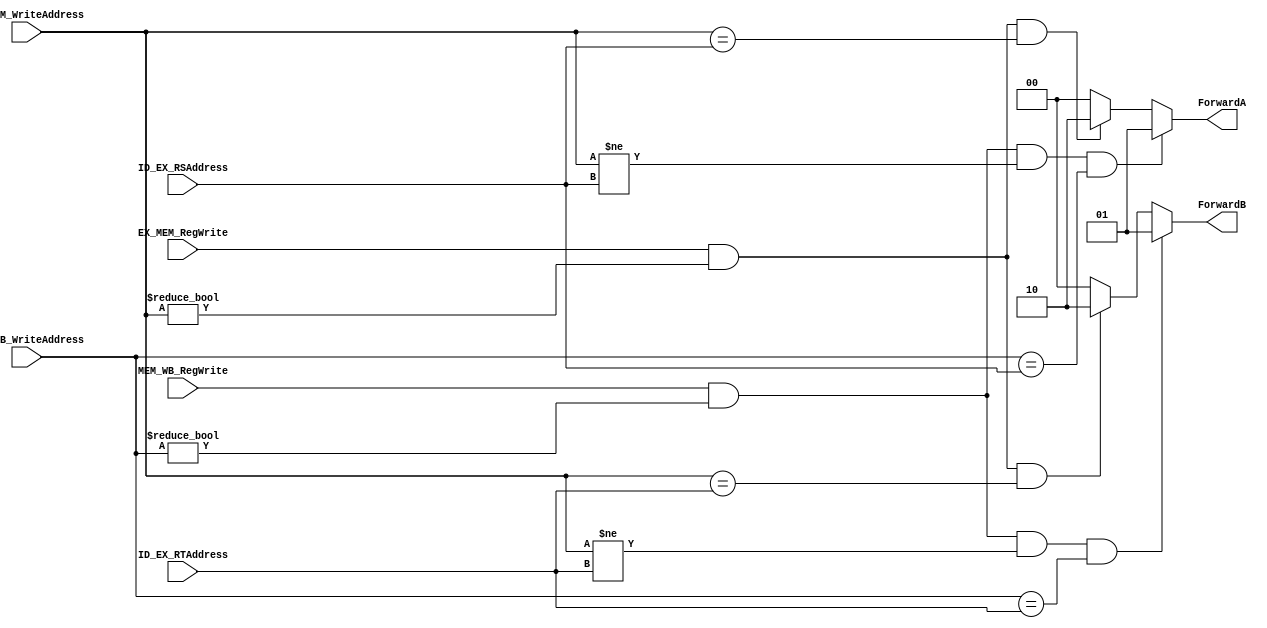
module Forwarding(
	input [4:0]ID_EX_RSAddress,//ID_EX_RS
	input [4:0]ID_EX_RTAddress,//ID_EX_RT
 	input [4:0]EX_MEM_WriteAddress,//EX_MEM_RD
 	input [4:0]MEM_WB_WriteAddress,//MEM_WB_RD
	input EX_MEM_RegWrite,//EX_MEM_RegWrite signal
 	input MEM_WB_RegWrite,//MEM_WB_RegWrite signal
 	output reg [1:0] ForwardA,//MUX selet
	output reg [1:0] ForwardB//MUX selet
);
always@(ID_EX_RSAddress or ID_EX_RTAddress or EX_MEM_WriteAddress or MEM_WB_WriteAddress  or EX_MEM_RegWrite or MEM_WB_RegWrite)begin
	ForwardA=2'b00;
	ForwardB=2'b00;
	if(EX_MEM_RegWrite&&(EX_MEM_WriteAddress!= 5'd0)&&(EX_MEM_WriteAddress==ID_EX_RSAddress)) ForwardA=2'b10;//EX Hazard
	if(MEM_WB_RegWrite&&(MEM_WB_WriteAddress!= 5'd0)&&(EX_MEM_WriteAddress!=ID_EX_RSAddress)&&(MEM_WB_WriteAddress==ID_EX_RSAddress)) ForwardA=2'b01;//MEM Hazard
	if(EX_MEM_RegWrite&&(EX_MEM_WriteAddress!= 5'd0)&&(EX_MEM_WriteAddress==ID_EX_RTAddress)) ForwardB=2'b10;//EX Hazard
	if(MEM_WB_RegWrite&&(MEM_WB_WriteAddress!= 5'd0)&&(EX_MEM_WriteAddress!=ID_EX_RTAddress)&&(MEM_WB_WriteAddress==ID_EX_RTAddress)) ForwardB=2'b01;//MEM Hazard

end
endmodule